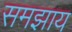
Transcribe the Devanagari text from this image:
समझाय